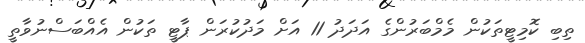
ތިބި ކޮމިޓީތަކުން މެމްބަރުންގެ އަދަދު 11 އަށް މަދުކުރަން ޕާޓީ ތަކުން އެއްބަސްނުވާތީ